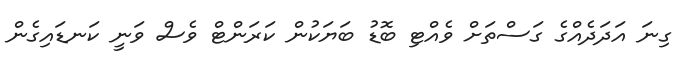
ގިނަ އަދަދެއްގެ ގަސްތަށް ވެއްޓި ބޮޑު ބަޔަކުން ކަރަންޓް ވެސް ވަނީ ކަނޑައިގެން